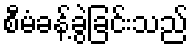
စီမံခန့်ခွဲခြင်းသည်